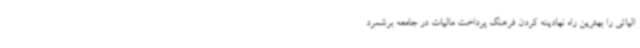
الیاتی را بهترین راه نهادینه کردن فرهنگ پرداخت مالیات در جامعه برشمرد